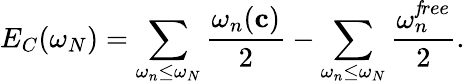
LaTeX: E_{C}(\omega_{N})=\sum_{\omega_{n}\leq\omega_{N}}{\frac{\omega_{n}({\mathbf c})}{2}}-\sum_{\omega_{n}\leq\omega_{N}}{\frac{\omega_{n}^{\mathit free}}{2}}.